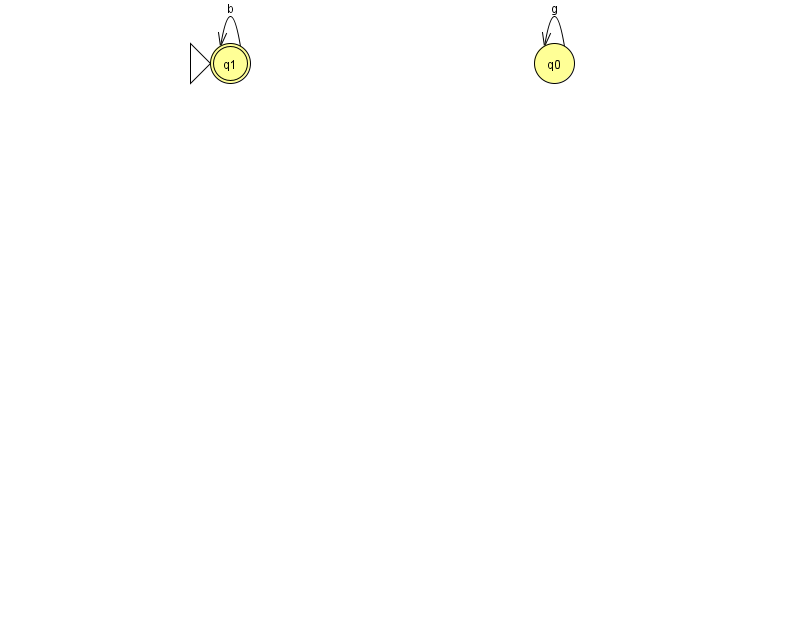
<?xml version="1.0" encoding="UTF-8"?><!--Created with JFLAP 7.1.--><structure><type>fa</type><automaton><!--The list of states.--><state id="0" name="q0"><x>554.0</x><y>50.0</y></state><state id="1" name="q1"><x>230.0</x><y>50.0</y><initial/><final/></state><!--The list of transitions.--><transition><from>1</from><to>1</to><read>b</read></transition><transition><from>0</from><to>0</to><read>g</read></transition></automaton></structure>